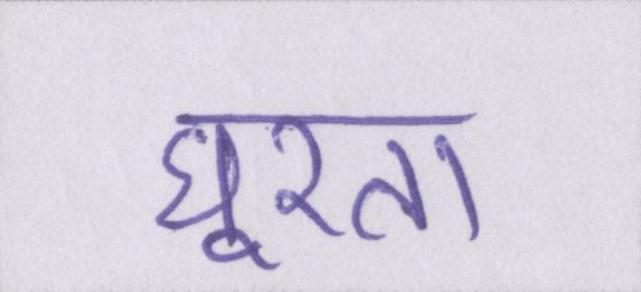
घूरता